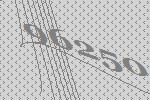
96250